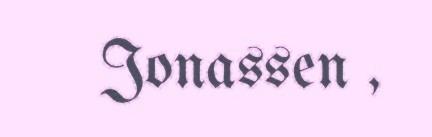
Jonassen ,